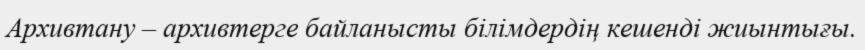
Архивтану – архивтерге байланысты білімдердің кешенді жиынтығы.